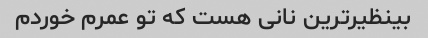
بینظیرترین نانی هست که تو عمرم خوردم